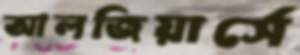
আলজিয়ার্সে